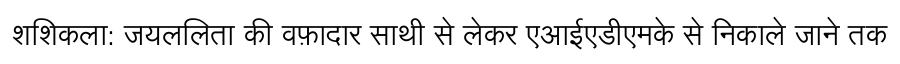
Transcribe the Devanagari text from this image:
शशिकला: जयललिता की वफ़ादार साथी से लेकर एआईएडीएमके से निकाले जाने तक